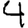
Digit: 4